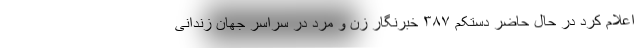
اعلام کرد در حال حاضر دستکم ۳۸۷ خبر‌نگار زن و مرد در سراسر جهان زندانی